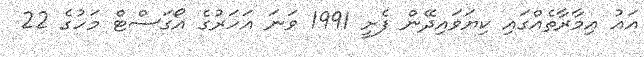
އައު ޢިމާރާތެއްގައި ކިޔަވައިދޭން ފެށީ 1991 ވަނަ އަހަރުގެ އޯގަސްޓް މަހުގެ 22